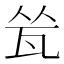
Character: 𬎧